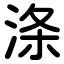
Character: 涤